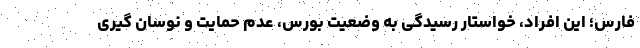
فارس؛ این افراد، خواستار رسیدگی به وضعیت بورس، عدم حمایت و نوسان گیری